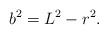
LaTeX: \begin{align*}b^2 = L^2-r^2.\end{align*}